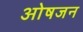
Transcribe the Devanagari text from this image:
ओषजन